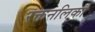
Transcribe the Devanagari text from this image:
रक्तनलिका